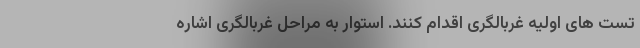
تست های اولیه غربالگری اقدام کنند. استوار به مراحل غربالگری اشاره